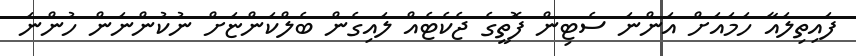
ފައިތިލައާ ހަމައަށް އަންނަ ސެޓިން ފޮތީގެ ޖެކެޓެއް ލައިގެން ބެލްކަންޏަށް ނުކުންނަން ހުންނަ